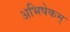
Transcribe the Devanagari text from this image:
अभिषेकम्